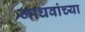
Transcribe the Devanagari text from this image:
जाधवांच्या